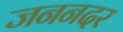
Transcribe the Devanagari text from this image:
जननदर